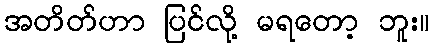
အတိတ်ဟာ ပြင်လို့ မရတော့ ဘူး။